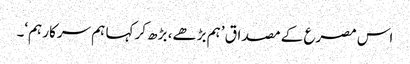
اس مصرع کے مصداق ’ہم بڑھے، بڑھ کر کہا ہم سرکار ہم‘۔